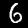
Digit: 6